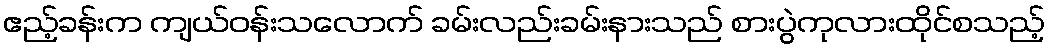
ဧည့်ခန်းက ကျယ်ဝန်းသလောက် ခမ်းလည်းခမ်းနားသည် စားပွဲကုလားထိုင်စသည့်